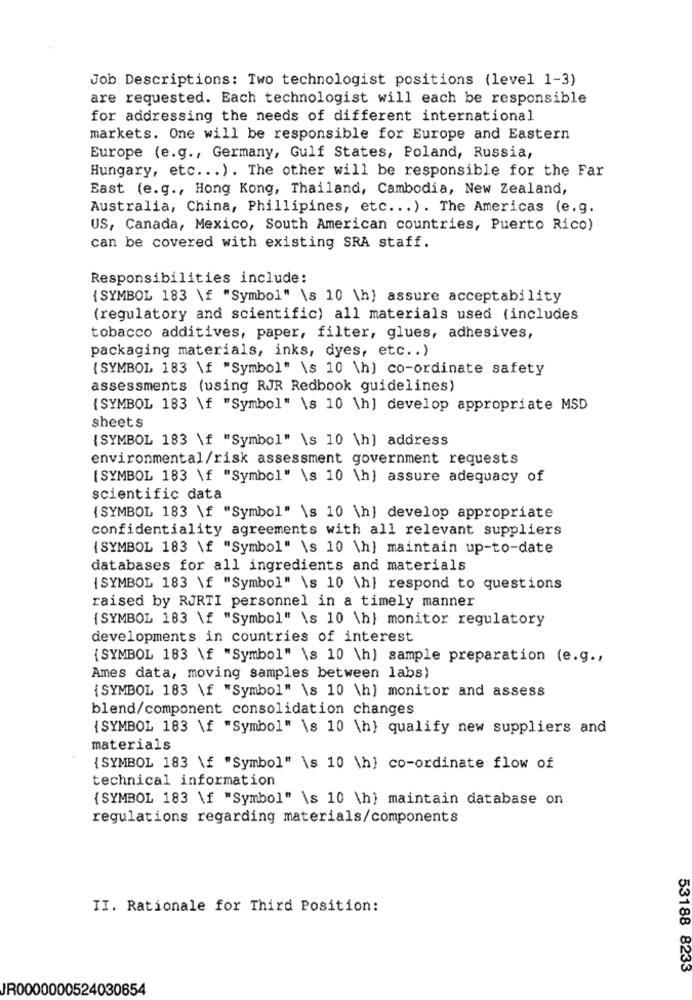
Job Descriptions: Two technologist positions (level 1-3)
are requested. Each technologist will each be responsible
for addressing the needs of different international
markets. One will be responsible for Europe and Eastern
Europe (e.g ., Germany, Gulf States, Poland, Russia,
Hungary, etc ... ). The other will be responsible for the Far
East (e.g ., Hong Kong, Thailand, Cambodia, New Zealand,
Australia, China, Phillipines, etc ... ). The Americas (e.g.
US, Canada, Mexico, South American countries, Puerto Rico)
can be covered with existing SRA staff.
Responsibilities include:
{SYMBOL 183 \f "Symbol" \s 10 \h) assure acceptability
(regulatory and scientific) all materials used (includes
tobacco additives, paper, filter, glues, adhesives,
packaging materials, inks, dyes, etc .. )
( SYMBOL 183 \f "Symbol" \s 10 \h) co-ordinate safety
assessments (using RJR Redbook guidelines)
{SYMBOL 183 \f "Symbol" \s 10 \h] develop appropriate MSD
sheets
{SYMBOL 183 \f "Symbol" \s 10 \h] address
environmental/risk assessment government requests
[SYMBOL 183 \f "Symbol" \s 10 \h] assure adequacy of
scientific data
{SYMBOL 183 \f "Symbol" \s 10 \h] develop appropriate
confidentiality agreements with all relevant suppliers
{SYMBOL 183 \f "Symbol" \s 10 \h] maintain up-to-date
databases for all ingredients and materials
{SYMBOL 183 \f "Symbol" \s 10 \h] respond to questions
raised by RJRTI personnel in a timely manner
[ SYMBOL 183 \f "Symbol" \s 10 h} monitor regulatory
developments in countries of interest
{SYMBOL 183 \f "Symbol" \s 10 \h) sample preparation (e.g .,
Ames data, moving samples between labs)
{SYMBOL 183 \f "Symbol" \s 10 \h) monitor and assess
blend/component consolidation changes
{SYMBOL 183 \f "Symbol" \s 10 \h} qualify new suppliers and
materials
{ SYMBOL 183 \ "Symbol" \s 10 \h} co-ordinate flow of
technical information
{SYMBOL 183 \f "Symbol" \s 10 \h} maintain database on
regulations regarding materials/components
II. Rationale for Third Position:
53188 8233
JR0000000524030654